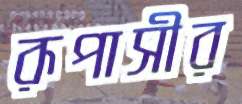
রূপাসীর